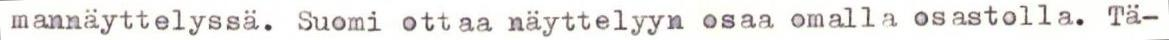
mannäyttelyssä. Suomi ottaa näyttelyyn osaa omalla osastolla. Tä-